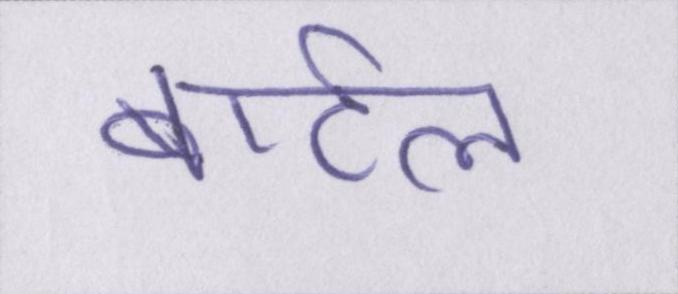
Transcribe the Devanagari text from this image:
बार्टल